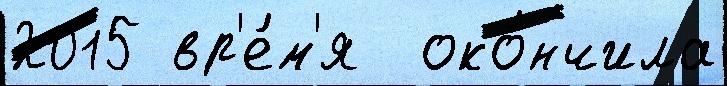
2015 вр'е́м'я  око́нчила